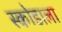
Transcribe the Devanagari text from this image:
स्कोडाला